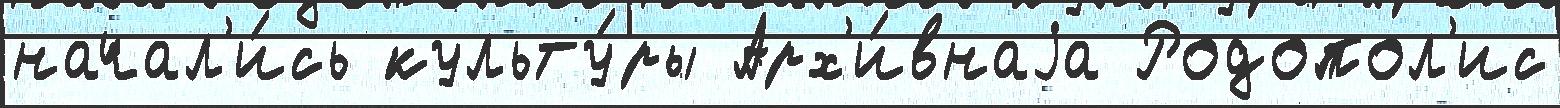
начал'и́сь культу́ры Арх'и́внаjа Родопол'ис